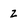
Character: z